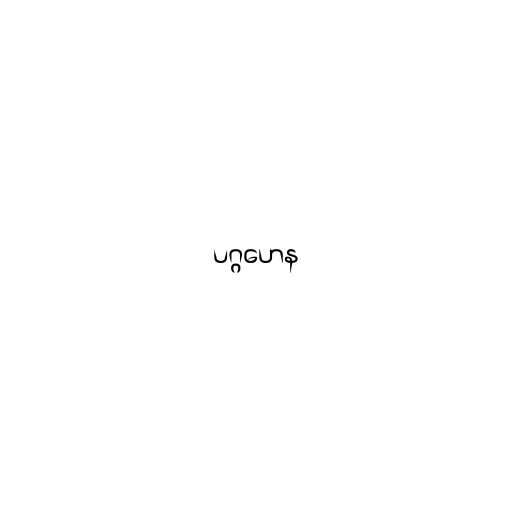
ပဂ္ဂဟေန